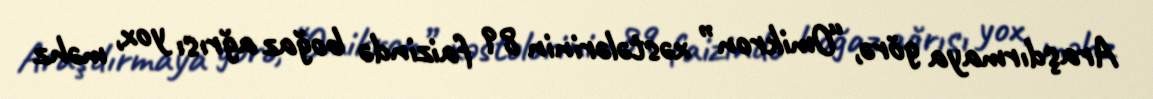
Araşdırmaya görə, “Omikron” xəstələrinin 89 faizində boğaz ağrısı yox, məhz